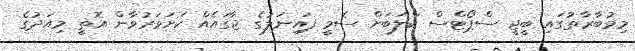
މިމުބާރާތުގައި ބީޖީ ސްޕޯޓްސް ކްލަބަށް ސެމީ ފައިނަލުގެ ޖާގައެއް ކަށަވަރުވާން އޮތީ މިއަދުގެ